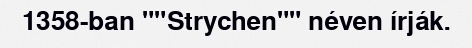
1358-ban ""Strychen"" néven írják.